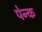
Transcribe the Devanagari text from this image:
पेन्क